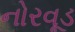
નોરવૂડ